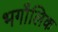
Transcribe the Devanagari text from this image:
भगौलिक